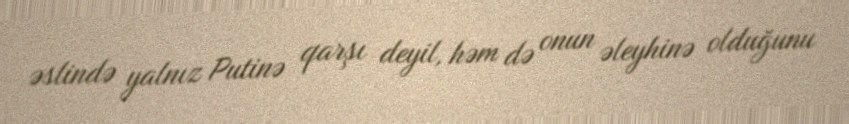
əslində yalnız Putinə qarşı deyil, həm də onun əleyhinə olduğunu